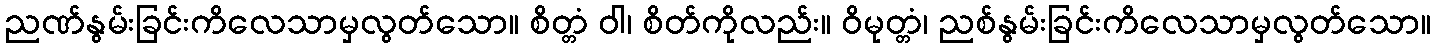
ညဏ်နွမ်းခြင်းကိလေသာမှလွတ်သော။ စိတ္တံ ဝါ၊ စိတ်ကိုလည်း။ ဝိမုတ္တံ၊ ညစ်နွမ်းခြင်းကိလေသာမှလွတ်သော။